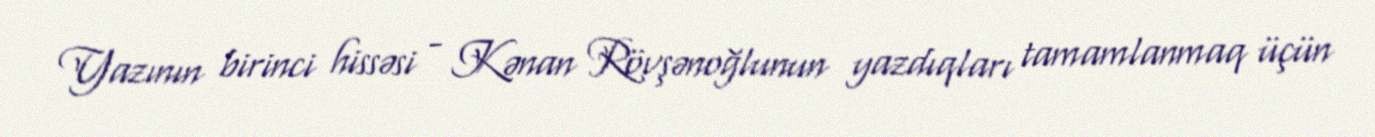
Yazının birinci hissəsi - Kənan Rövşənoğlunun yazdıqları tamamlanmaq üçün